Vaccination in Bombay 1856-1862 - 1856-1862
Year: 1856
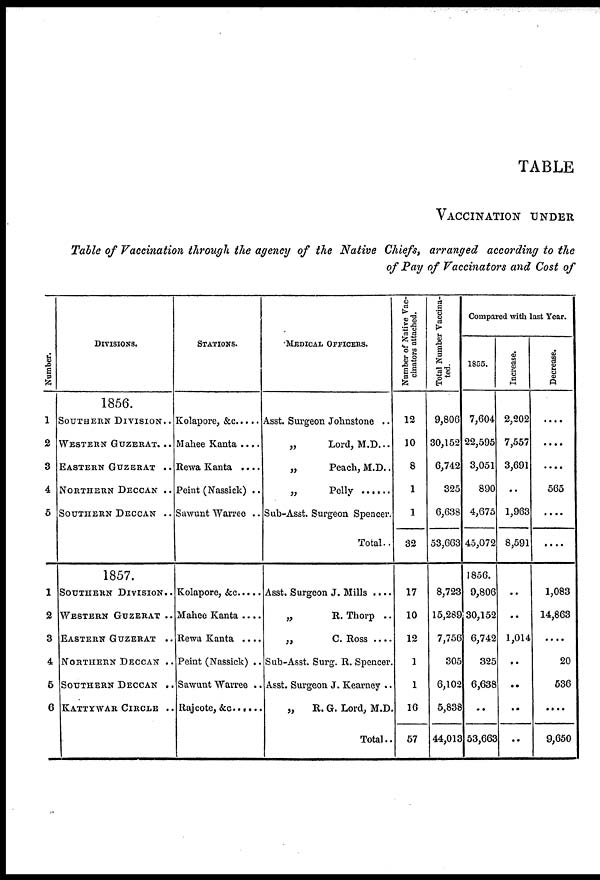
TABLE
VACCINATION UNDER
Table of Vaccination through the agency of the Native Chiefs, arranged according to the
of Pay of Vaccinators and Cost of
Nu mb e r
.
1
2
3
4
5
1
2
3
4
5
6
DIVISIONS.
1856.
SOUTHERN DIVISION..
WESTERN GUZERAT...
EASTERN GUZERAT ..
NORTHERN DECCAN ..
SOUTHERN DECCAN ..
1857.
SOUTHERN DIVISION..
WESTERN GUZERAT ..
EASTERN GUZERAT ..
NORTHERN DECCAN ..
SOUTHERN DECCAN ..
KATTYWAR CIRCLE ..
STATIONS.
Kolapore, &c. ....
Mahee Kanta ....
Rewa Kanta ....
Peint (Nassick) ..
Sawant Warree ..
Kolapore, &c. ...
Mahee Kanta ....
Rewa Kanta ....
Peint (Nassick) ..
Sawunt Warree ..
Rajcote, &c. .....
MEDICAL OFFICERS.
Asst. Surgeon Johnstone ..
„
Lord, M.D...
„
Peach, M.D..
„ Pelly .......
Sub-Asst. Surgeon Spencer.
Total..
Asst. Surgeon J. Mills ....
„
R. Thorp ..
„
C. Ross ....
Sub-Asst. Surg. R. Spencer.
Asst. Surgeon J. Kearney ..
„
R. G. Lord, M.D.
Total..
Number of Native Vac-
cinators attached.
12
10
8
1
1
32
17
10
12
1
1
16
57
Total Number Vaccina-
ted.
9,806
30,152
6,742
325
6,638
53,663
8,723
15,289
7,756
305
6,102
5,838
44,013
Compared with last Year.
1855.
7,604
22,595
3,051
890
4,675
45,072
1856.
9,806
30,152
6,742
325
6,638
..
53,663
Increase.
2,202
7,557
3,691
..
1,963
8,591
..
..
1,014
..
..
..
..
Decrease.
....
....
....
565
....
....
1,083
14,863
....
20
536
....
9,650